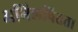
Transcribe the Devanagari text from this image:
अभिलषितता